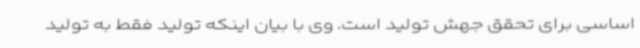
اساسی برای تحقق جهش تولید است. وی با بیان اینکه تولید فقط به تولید